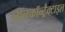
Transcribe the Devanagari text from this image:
नॉनकॉन्ट्रैक्टाइल